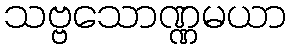
သဗ္ဗသောဏ္ဏမယာ